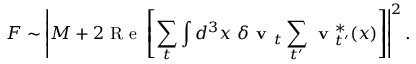
F \sim \left| M + 2 \mathrm { ~ R ~ e ~ } \left[ \sum _ { t } \int d ^ { 3 } x \ \delta \textbf { v } _ { t } \sum _ { t ^ { \prime } } \textbf { v } _ { t ^ { \prime } } ^ { * } ( x ) \right] \right| ^ { 2 } .